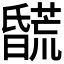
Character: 𣋯